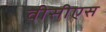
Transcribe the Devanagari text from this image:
वीसीएस